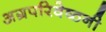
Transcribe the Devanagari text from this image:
अग्रपरिवेष्ठनी